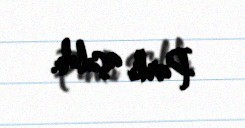
Parkı açıldı.